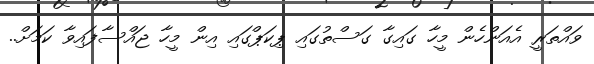
ވައްތަރީ އެއަންހެން މީހާ ގައިގާ ގަސްތުގައި ޕިކަޕްގައި އިން މީހާ ޖައްސާފައިވާ ކަމަށް..